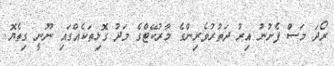
ރޯދަ މަސް ފެށުނު އިރު ދަތުރުވެރިންގެ މާރުކޭޓްގެ މަދު ގޮޅިތަކެއްގައި ނޫނީ ގިތެޔޮ